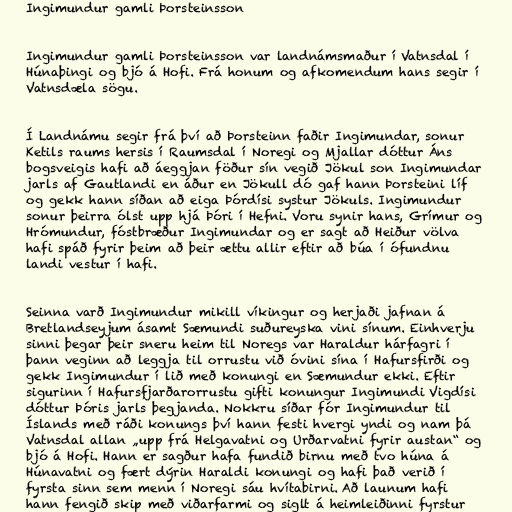
Ingimundur gamli Þorsteinsson

Ingimundur gamli Þorsteinsson var landnámsmaður í Vatnsdal í
Húnaþingi og bjó á Hofi. Frá honum og afkomendum hans segir í
Vatnsdæla sögu.

Í Landnámu segir frá því að Þorsteinn faðir Ingimundar, sonur
Ketils raums hersis í Raumsdal í Noregi og Mjallar dóttur Áns
bogsveigis hafi að áeggjan föður sín vegið Jökul son Ingimundar
jarls af Gautlandi en áður en Jökull dó gaf hann Þorsteini líf
og gekk hann síðan að eiga Þórdísi systur Jökuls. Ingimundur
sonur þeirra ólst upp hjá Þóri í Hefni. Voru synir hans, Grímur og
Hrómundur, fóstbræður Ingimundar og er sagt að Heiður völva
hafi spáð fyrir þeim að þeir ættu allir eftir að búa í ófundnu
landi vestur í hafi.

Seinna varð Ingimundur mikill víkingur og herjaði jafnan á
Bretlandseyjum ásamt Sæmundi suðureyska vini sínum. Einhverju
sinni þegar þeir sneru heim til Noregs var Haraldur hárfagri í
þann veginn að leggja til orrustu við óvini sína í Hafursfirði og
gekk Ingimundur í lið með konungi en Sæmundur ekki. Eftir
sigurinn í Hafursfjarðarorrustu gifti konungur Ingimundi Vigdísi
dóttur Þóris jarls þegjanda. Nokkru síðar fór Ingimundur til
Íslands með ráði konungs því hann festi hvergi yndi og nam þá
Vatnsdal allan „upp frá Helgavatni og Urðarvatni fyrir austan“ og
bjó á Hofi. Hann er sagður hafa fundið birnu með tvo húna á
Húnavatni og fært dýrin Haraldi konungi og hafi það verið í
fyrsta sinn sem menn í Noregi sáu hvítabirni. Að launum hafi
hann fengið skip með viðarfarmi og siglt á heimleiðinni fyrstur